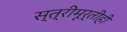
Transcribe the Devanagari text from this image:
स्त्रीमूर्तीही